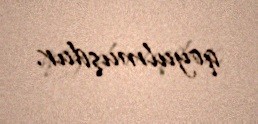
qoyulmuşdur.